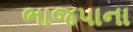
ભાજપાના